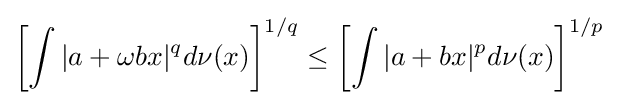
\left[\int |a+\omega bx|^{q}d\nu (x)\right]^{1/q}\leq \left[\int |a+bx|^{p}d\nu (x)\right]^{1/p}